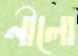
নীলো